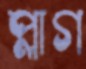
প্লাগ